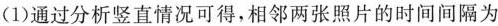
(1)通过分析竖直情况可得，相邻两张照片的时间间隔为